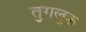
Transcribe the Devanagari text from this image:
तुगलुक